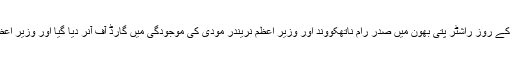
قبل ازیںنیپال کے وزیر اعظم کا ہفتہ کے روز راشٹر پتی بھون میں صدر رام ناتھکووند اور وزیر اعظم نریندر مودی کی موجودگی میں گارڈ آف آنر دیا گیا اور وزیر اعظم نریندر مودی نے ان کا استقبال کیا۔